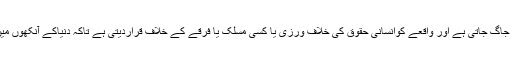
لیکن جونہی کسی پاکستانی مخبر یا اہلکار پر حملہ کیاجاتا ہے تو پاکستانی پریس جاگ جاتی ہے اور واقعے کوانسانی حقوق کی خلاف ورزی یا کسی مسلک یا فرقے کے خلاف قراردیتی ہے تاکہ دنیاکے آنکھوں میں دھول جھونک کربلوچ قومی تحریک کو مذہبی فرقہ واریت کا جنگ دکھاسکے۔